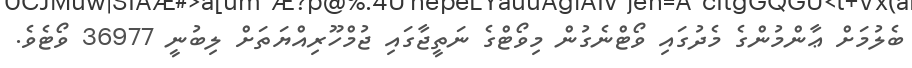
ބެލުމަށް ޢާންމުންގެ މެދުގައި ވޯޓްނެގުން މިވޯޓްގެ ނަތީޖާގައި ޖުމްހޫރިއްޔަތަށް ލިބުނީ 36977 ވޯޓެވެ.